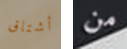
أشتاق من